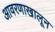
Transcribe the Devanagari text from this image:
आवरणाखालून